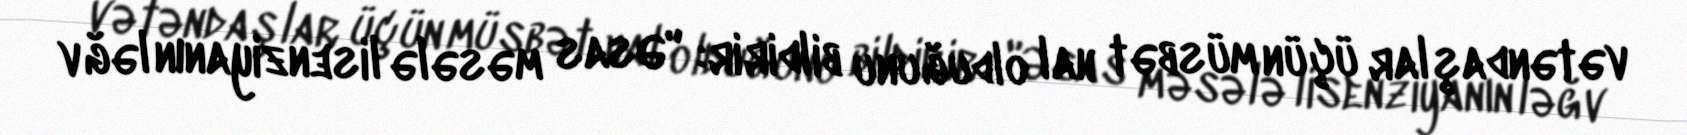
vətəndaşlar üçün müsbət hal olduğunu bildirir: "Əsas məsələ lisenziyanın ləğv